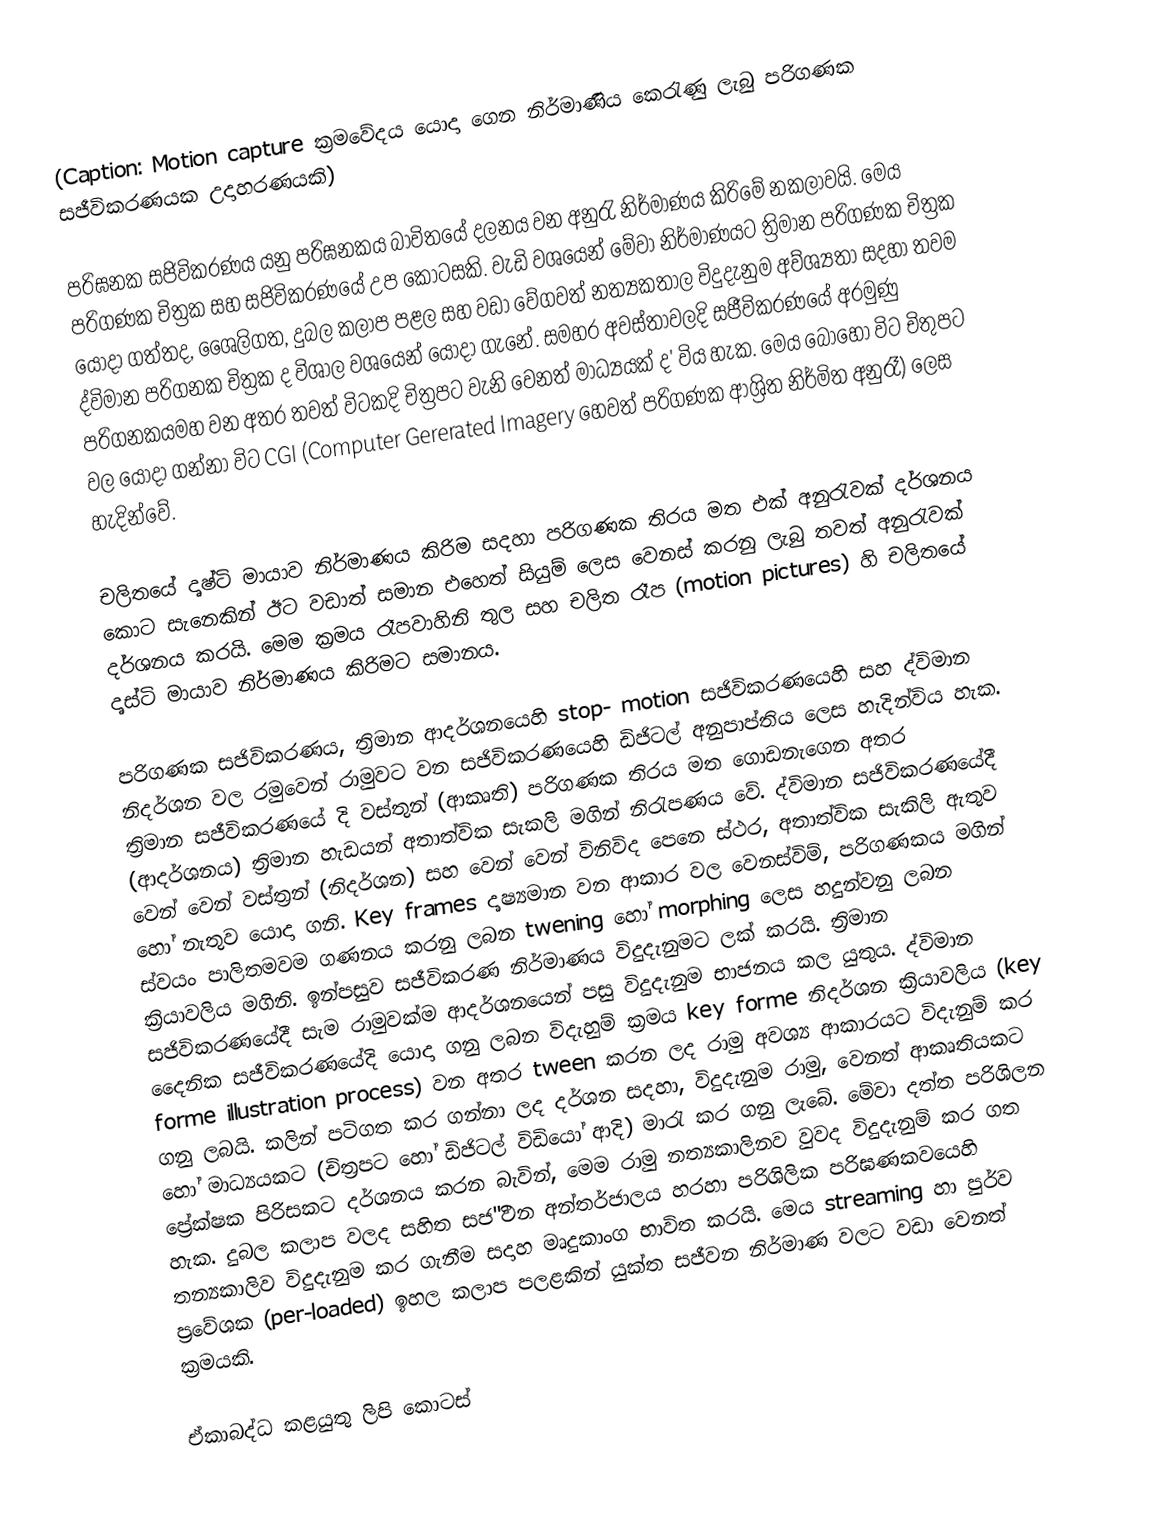
(Caption: Motion capture ක්‍රමවේදය යොදා ගෙන නිර්මාණිය කෙරැණු ලැබු පරිගණක සජීවිකරණයක උදාහරණයකි)

	පරිඝනක සජිවිකරණය යනු පරිඝනකය බාවිතයේ දලනය වන අනුරැ නිර්මාණය කිරිමේ නකලාවයි. මෙය පරිගණක චිත්‍රක සහ සජිවිකරණයේ උප කොටසකි. වැඩි වශයෙන් මේවා නිර්මාණයට ත්‍රිමාන පරිගණක චිත්‍රක යොදා ගත්තද, ශෛලිගත, දුබල කලාප පළල සහ වඩා වේගවත් නත්‍යකතාල විදුදැනුම අව්‍ශ්‍යතා සදහා තවම ද්විමාන පරිගනක චිත්‍රක ද විශාල වශයෙන් යොදා ගැනේ. සමහර අවස්තාවලදි සජීවිකරණයේ අරමුණු පරිගනකයමහ වන අතර තවත් විටකදි චිත්‍රපට වැනි වෙනත් මාධ්‍යයක් ද' විය හැක. මෙය බොහෝ විට චිතුපට වල යොදා ගන්නා විට CGI (Computer Gererated Imagery හෙවත් පරිගණක ආශ්‍රිත නිර්මිත අනුරෑ) ලෙස හැදින්වේ.

චලිතයේ දෘෂ්ටි මායාව නිර්මාණය කිරිම සදහා පරිගණක තිරය මත එක් අනුරැවක් දර්ශනය කොට සැනෙකින් ඊට වඩාත් සමාන එහෙත් සියුම් ලෙස වෙනස් කරනු ලැබු තවත් අනුරැවක් දර්ශනය කරයි. මෙම ක්‍රමය රෑපවාහිනි තුල සහ චලිත රෑප (motion pictures) හි චලිතයේ දෘස්ටි මායාව නිර්මාණය කිරිමට සමානය.

පරිගණක සජිවිකරණය, ත්‍රිමාන ආදර්ශනයෙහි  stop- motion සජිවිකරණයෙහි සහ ද්විමාන නිදර්ශන  වල රමුවෙන් රාමුවට වන සජිවිකරණයෙහි ඩිජිටල් අනුපාප්තිය ලෙස හැදින්විය හැක. ත්‍රිමාන සජීවිකරණයේ දි වස්තුන් (ආකෘති) පරිගණක තිරය මත ගොඩනැගෙන අතර (ආදර්ශනය) ත්‍රිමාන හැඩයන් අතාත්වික සැකලි මගින් නිරැපණය වේ. ද්විමාන  සජිවිකරණයේදී වෙන් වෙන් වස්ත්‍රන් (නිදර්ශන) සහ වෙන් වෙන් ‍විනිවිද පෙනෙ ස්ථර, අතාත්වික සැකිලි ඇතුව හෝ නැතුව යොදා ගනි. Key frames දෘෂ්‍යමාන වන ආකාර වල වෙනස්විම්, පරිගණකය මගින් ස්වයං පාලිතමවම ගණනය කරනු ලබන  twening හෝ morphing ලෙස හදුන්වනු ලබන ක්‍රියාවලිය මගිනි. ඉන්පසුව සජීවිකරණ නිර්මාණය විදුදැනුමට ලක් කරයි. ත්‍රිමාන සජිවිකරණයේදී සැම රාමුවක්ම ආදර්ශනයෙන් පසු විදුදැනුම භාජනය කල යුතුය. ද්විමාන දෛනික සජීවිකරණයේදි යොදා ගනු ලබන විදැහුම් ක්‍රමය  key forme නිදර්ශන ක්‍රියාවලිය  (key forme illustration process) වන අතර tween කරන ලද රාමු අවශ්‍ය ආකාරයට විදැනුම් කර ගනු ලබයි. කලින් පටිගත කර ගන්නා ලද දර්ශන සදහා, විදුදැනුම රාමු, වෙනත් ආකෘතියකට හෝ මාධ්‍යයක‍ට (චිත්‍රපට හෝ ඩිජිටල් විඩියෝ ආදි) මාරැ කර ගනු ලැබේ. මේවා දත්ත පරිශිලන ප්‍රේක්ෂක පිරිසකට දර්ශනය කරන බැවින්, මෙම රාමු නත්‍යකාලිනව වුවද විදුදැනුම් කර ගත හැක. දුබල කලාප වලද සහිත සජ"ීවන අන්තර්ජාලය හරහා පරිශිලික පරිඝණකවයෙහි තන්‍යකාලිව විදුදැනුම කර ගැනීම සදාහ මෘදුකාංග භාවිත කරයි. මෙය  streaming  හා පුර්ව ප්‍රවේශක (per-loaded) ඉහල කලාප පලළකින් යුක්ත සජීවන නිර්මාණ වලට වඩා වෙනත් ක්‍රමයකි.

ඒකාබද්ධ කළයුතු ලිපි කොටස්